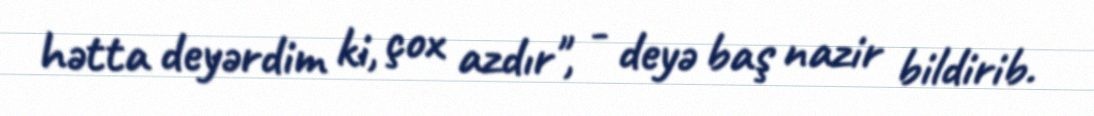
hətta deyərdim ki, çox azdır", - deyə baş nazir bildirib.